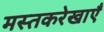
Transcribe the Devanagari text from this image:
मस्तकरेखाएँ